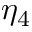
\eta _ { 4 }